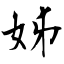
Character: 姊